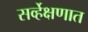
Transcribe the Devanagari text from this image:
सर्व्हेक्षणात